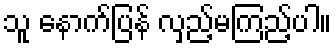
သူ နောက်ပြန် လှည့်မကြည့်ပါ။